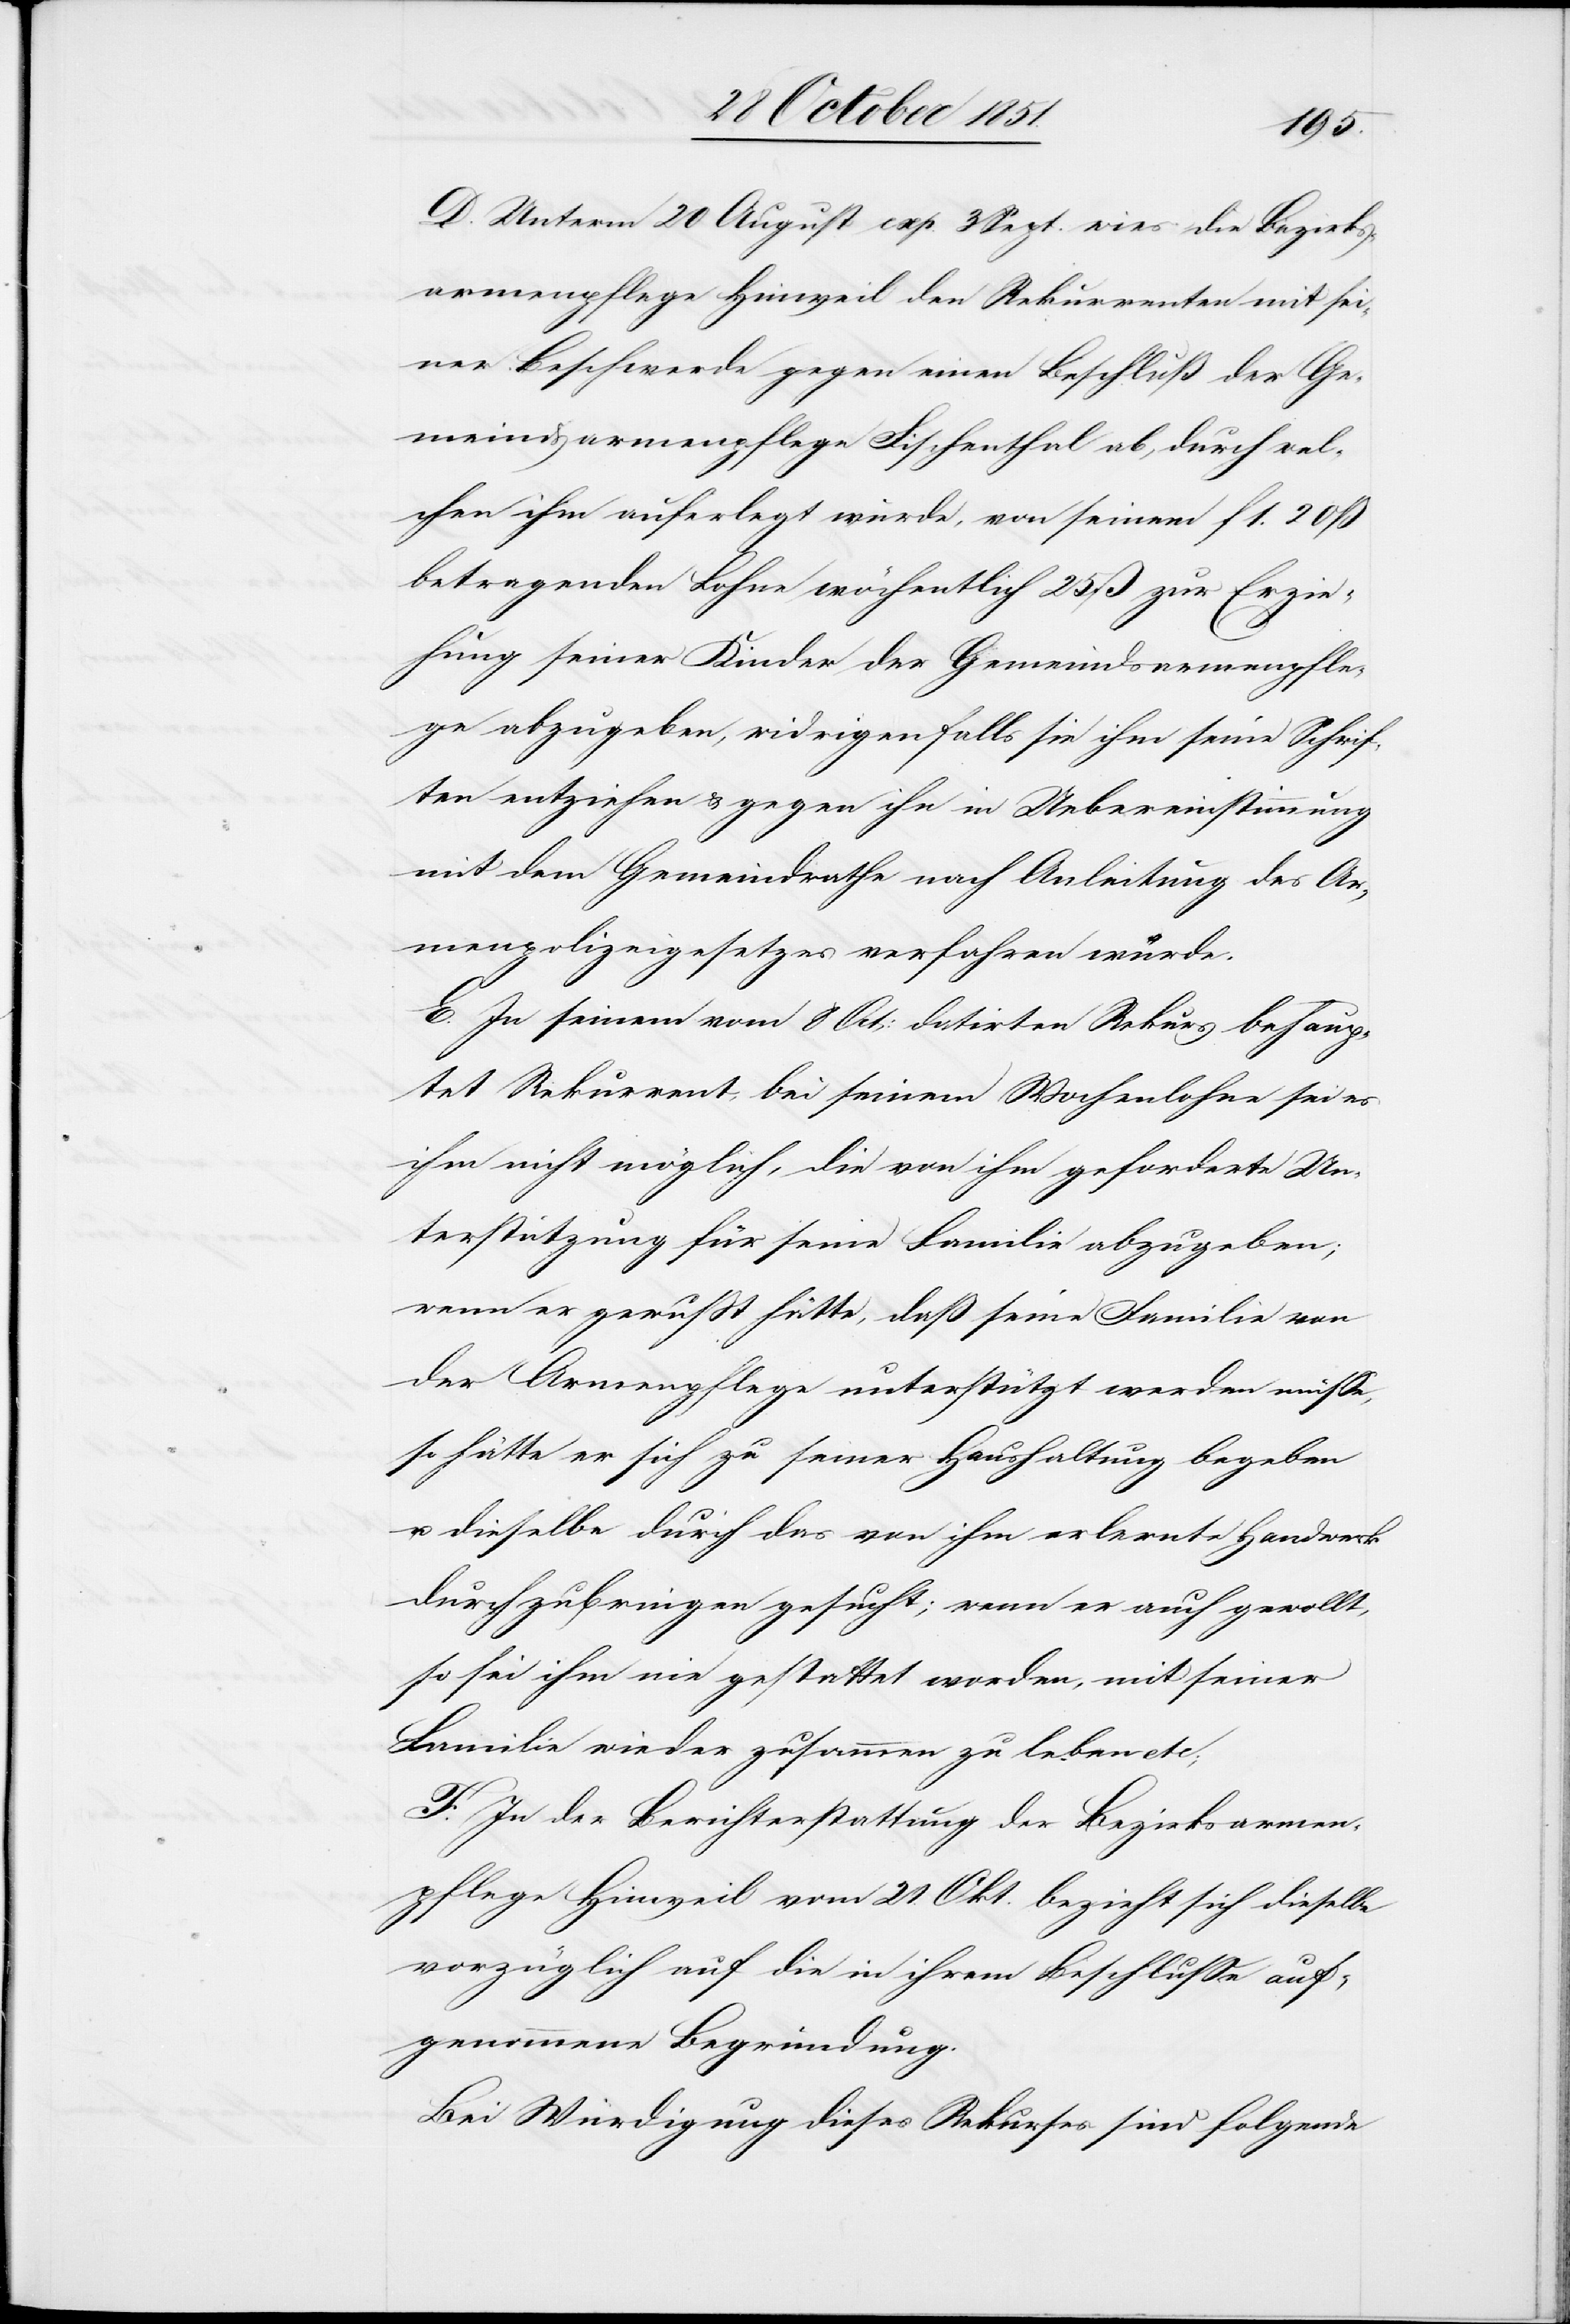
D. Unterm 20 August exp. 3 Sept. wies die Bezirks¬
armenpflege Hinweil den Rekurrenten mit sei¬
ner Beschwerde gegen einen Beschluß der Ge¬
meindsarmenpflege Fischenthal ab, durch wel¬
chen ihm auferlegt wurde, von seinem f 1. 20 ß
betragenden Lohne wöchentlich 25 ß zur Erzie¬
hung seiner Kinder der Gemeindsarmenpfle¬
ge abzugeben, widrigenfalls sie ihm seine Schrif¬
ten entziehen & gegen ihn in Uebereinstimmung
mit dem Gemeindrathe nach Anleitung des Ar¬
menpolizeigesetzes verfahren würde.
E. In seinem vom 8 Oct: datirten Rekurs behaup¬
tet Rekurrent, bei seinem Wochenlohne sei es
ihm nicht möglich, die von ihm geforderte Un¬
terstützung für seine Familie abzugeben;
wenn er gewußt hätte, daß seine Familie von
der Armenpflege unterstützt werden müsse,
so hätte er sich zu seiner Haushaltung begeben
u. dieselbe durch das von ihm erlernte Handwerk
durchzubringen gesucht; wenn er auch gewollt,
so sei ihm nie gestattet worden, mit seiner
Familie wieder zusammen zu leben etc;
F. In der Berichterstattung der Bezirksarmen¬
pflege Hinweil vom 21. Okt. bezieht sich dieselbe
vorzüglich auf die in ihrem Beschlusse auf¬
genommene Begründung.
Bei Würdigung dieses Rekurses sind folgende